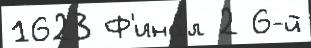
1623 Ф'ина́л 2 6-й